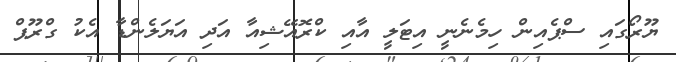
ޔޫރޯގައި ސްޕެއިން ހިމެނެނީ އިޓަލީ އާއި ކްރޮއޭޝިއާ އަދި އަޔަލެންޑާ އެކު ގްރޫޕް